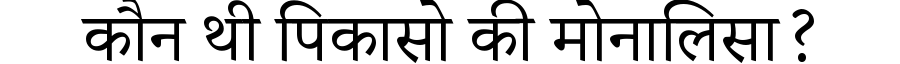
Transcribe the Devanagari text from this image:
कौन थी पिकासो की मोनालिसा?